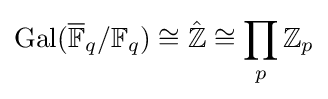
\operatorname {Gal} ({\overline {\mathbb {F} }}_{q}/\mathbb {F} _{q})\cong {\hat {\mathbb {Z} }}\cong \prod _{p}\mathbb {Z} _{p}